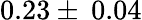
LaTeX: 0.23\pm\: 0.04